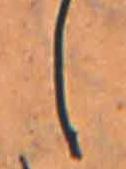
し